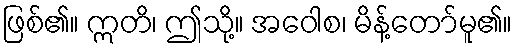
ဖြစ်၏။ ဣတိ၊ ဤသို့။ အဝေါစ၊ မိန့်တော်မူ၏။